Report of the Municipal Commissioner on the plague in Bombay for the year ending 31st May... - Volume 2
Disease focus: Plague
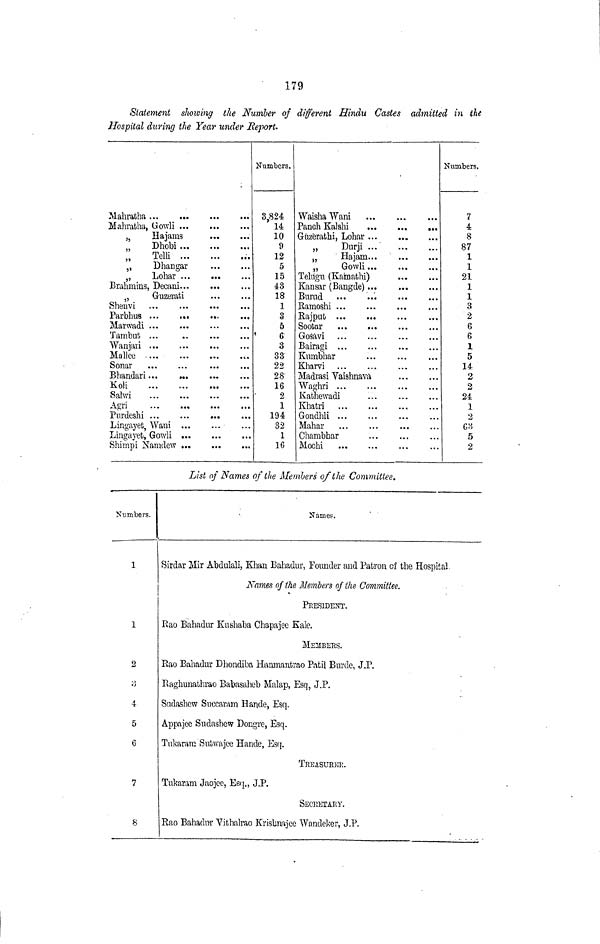
179
Statement showing the Number of different Hindu Castes admitted in tie
Hospital during the Year under Report.
Mahratha, Govrli
3J
Hajams
Dhobi
; ; Tei n
9 ,
D ban gar
} ,
Lohar
Brahmins, Decani
„
Guzerati
Sheuvi
Parbhus ...
Marwadi ...
...
Tambufe ...
Wanjari
Mallee
c.
Sonar
Bhandari...
Koli
Lingayet, Waui
Lingayet, Gowli ...
Shimpi Naiuclew ...
Numbers.
3824
14
10
9
12
5
15
43
18
1
3
5
6
3
33
22
28'
16
2
1
194
32
1
16
Waisha Wani
...
...
...
Panch Kalshi
,.,
Guzferathi, Lohar ...
„
Dun'i ...
M
Hajam
„
Gowli
Teliigu (Kainathi)
Kansar (Bangde)
Burad
«
Ramoshi
Rajpub
Soofiar
Gosavi
Bairagi
Knmbhar
KhaiTi
Madras! Vaishnava
Wa°'hri ...
Kathewadi
...
Khatri
Gondhli
Chambhar
...
Mochi
Numbers.
7
4
8
87
1
1
21
1
1
3
2
6
6
1
5
14
2
2
24
1
2
63
5
2
List of Names of the Members of the Committee.
Numbers.
1
1
2
•j
4
5
6
7
8
Names.
Sirdar Mir Abdulali, Khan Bahadur, Founder and Patron of the Hospital
Names of the Memlers of the Committee,
PRESIDENT.
Rao Bahadur Knshaba Chapajee Kale.
MEMBERS.
Rao Bahadur Dhondiba Hanmantrao Patil Burcle, J.P.
Raghunathrao Babasaheb Malap, Esq, J.P.
Sudashew Snccaraiu Hande, Esq.
Appajee Sndashew Dongre, Esq.
Tnkaram Sntwajee Hande, Esq.
TRBASUBEII.
Tukaram Jaojee, Esq., J.P.
SECKETAKY.
Rao Bahadur Vithalrao Krisbnajee Wandeker, J.P.